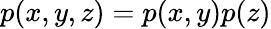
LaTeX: p(x,y,z)=p(x,y)p(z)